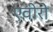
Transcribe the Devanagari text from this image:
एवीरो